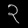
Digit: ၃